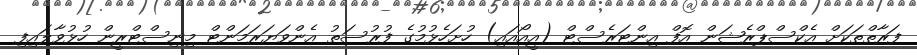
ފަރާތްތަކަށް އެކްސްޕްރެޝަން އޮފް އިންޓަރެސްޓް (އީއޯއައި) ހުށަހެޅުމުގެ ފުރުސަތު އެންވަޔަރަމަންޓް މިނިސްޓްރީން ހުޅުވާލައިފި